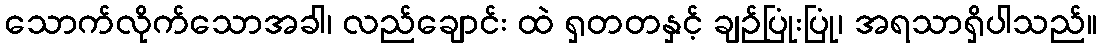
သောက်လိုက်သောအခါ၊ လည်ချောင်း ထဲ ရှတတနှင့် ချဉ်ပြုံးပြုံ၊ အရသာရှိပါသည်။